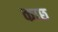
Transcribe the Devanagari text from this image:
काछ